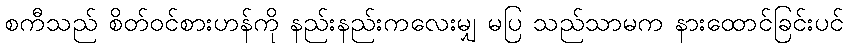
စကီသည် စိတ်ဝင်စားဟန်ကို နည်းနည်းကလေးမျှ မပြ သည်သာမက နားထောင်ခြင်းပင်